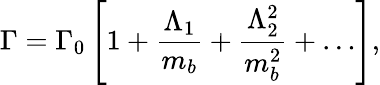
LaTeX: \Gamma=\Gamma_{0}\left[1+{\frac{\Lambda_{1}}{m_{b}}}+{\frac{\Lambda_{2}^{2}}{m_{b}^{2}}}+\dots\right],